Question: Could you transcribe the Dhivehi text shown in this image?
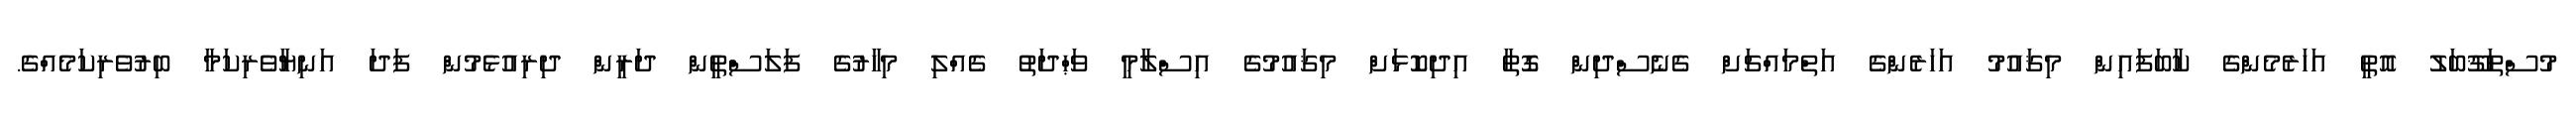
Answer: މުސްތަޤޫބަލު އޮތީ އަހަރެމެންގެ ކާބަފައިން މިޤައުމު އަހަރެންގެ އަތްމައްޗަށް ގެނެސްދިން ގޮތާ އިދިކޮޅަށް މިޤައުމުގެ އިސްލާމީ ވަޙްދަތު ގެއްލި މިހާރުގެ ފަލަސްްޠީން ދަރީން ދިރިއުޅެމުން ފަދަ އަނިޔާވެރިކަމާ ބިރުވެރިކަމެއްގެ.